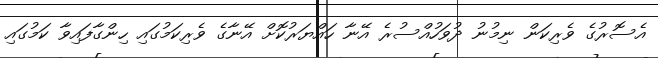
އެސޮރުގެ ވެރިކަން ނިމުނު ދުވަހުއްސުރެ އޭނާ ހައްޔަރުކޮށް އޭނާގެ ވެރިކަމުގައި ހިންގާފައިވާ ކަމުގައި